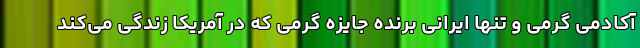
آکادمی گرمی و تنها ایرانی برنده جایزه گرمی که در آمریکا زندگی می‌کند